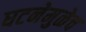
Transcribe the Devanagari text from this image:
घटनेमुळेच